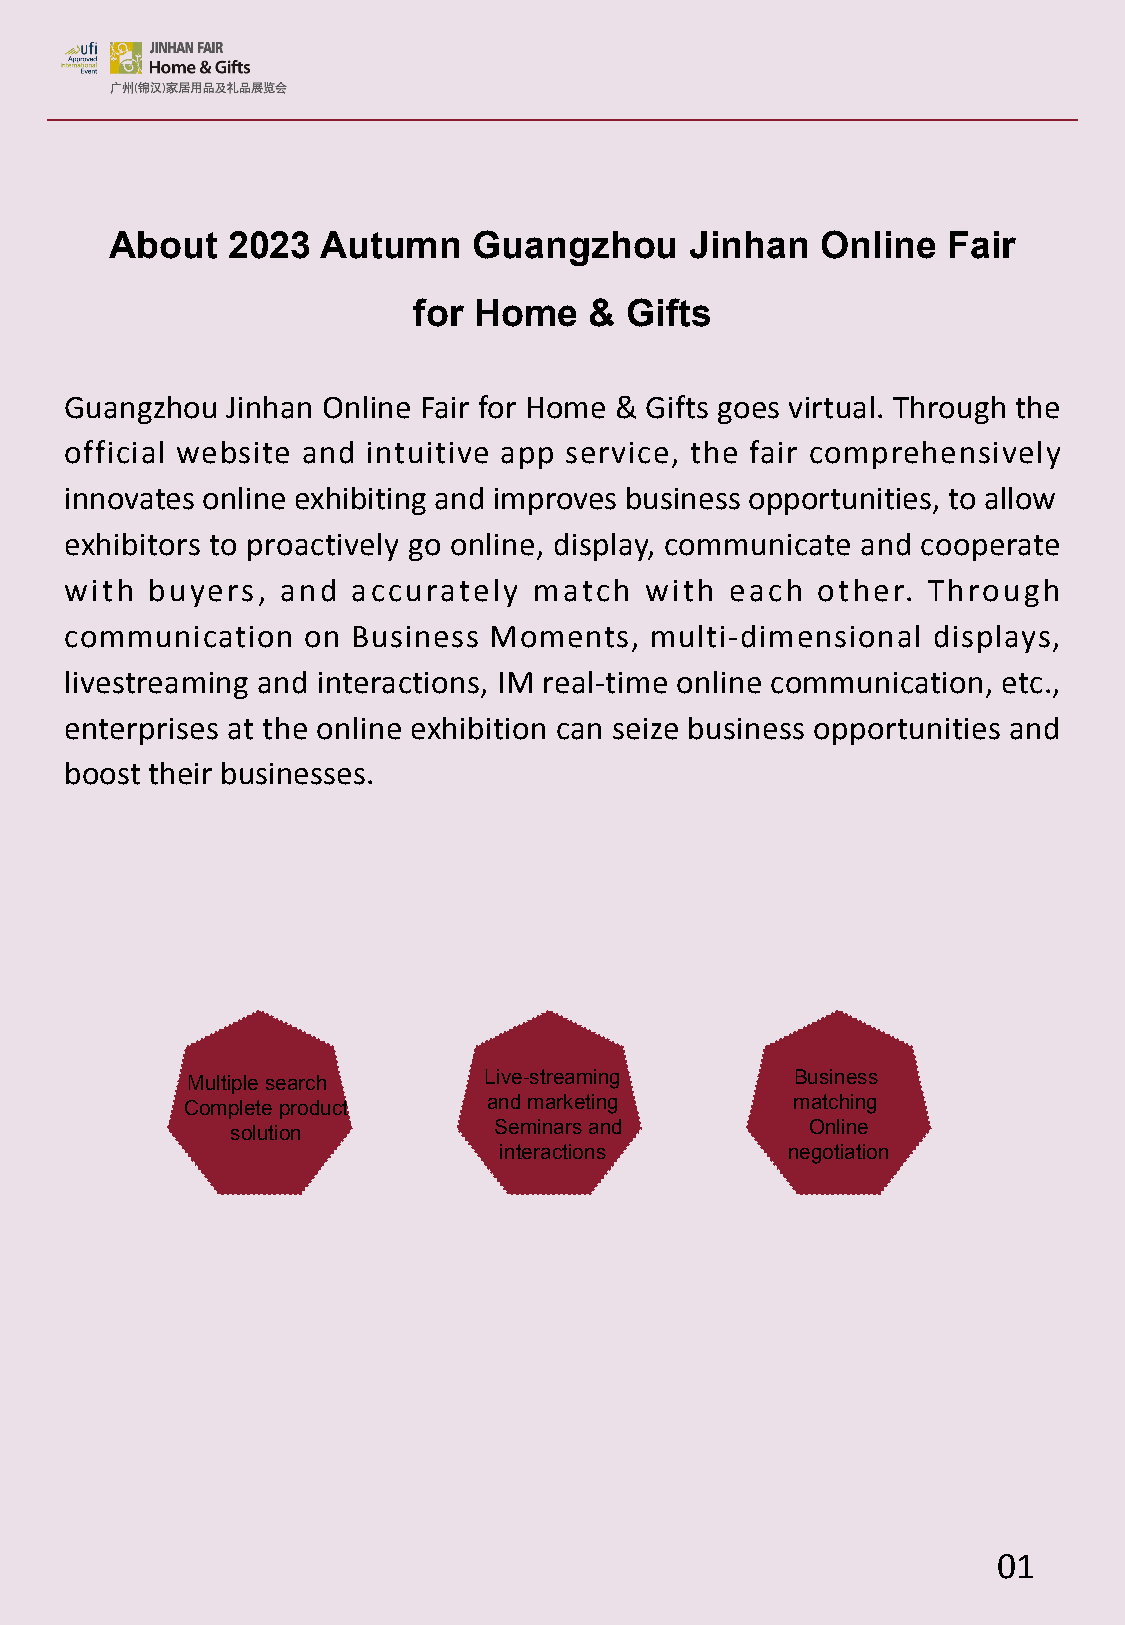
About   2023  Autumn    Guangzhou      Jinhan  Online   Fair
 for Home    & Gifts
 Guangzhou  Jinhan Online Fair for Home & Gifts goes virtual. Through the
 official website and intuitive app service, the fair comprehensively
 innovates online exhibiting and improves business opportunities, to allow
 exhibitors to proactively go online, display, communicate and cooperate
 with  buyers,  and accurately  match   with each  other. Through
 communication   on Business Moments,   multi-dimensional  displays,
 livestreaming and interactions, IM real-time online communication, etc.,
 enterprises at the online exhibition can seize business opportunities and
 boost their businesses.
 Live-streaming       Business
 Multiple search
 and marketing        matching
 Complete product
 Seminars and         Online
 solution
 interactions       negotiation
 01